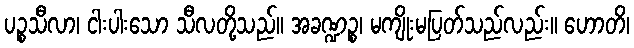
ပဉ္စသီလာ၊ ငါးပါးသော သီလတို့သည်။ အခဏ္ဍဉ္စ၊ မကျိုးမပြတ်သည်လည်း။ ဟောတိ၊